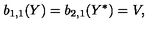
b _ { 1 , 1 } ( Y ) = b _ { 2 , 1 } ( Y ^ { * } ) = V ,